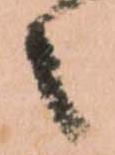
々